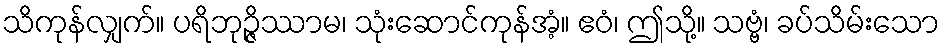
သိကုန်လျှက်။ ပရိဘုဉ္ဇိဿာမ၊ သုံးဆောင်ကုန်အံ့။ ဧဝံ၊ ဤသို့။ သဗ္ဗံ၊ ခပ်သိမ်းသော